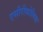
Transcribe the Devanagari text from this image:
एसीरीफोलिया